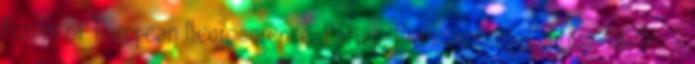
Forum of European Neuroscience, Párizs, Franciaország, július 13-17. -